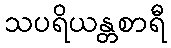
သပရိယန္တစာရီ